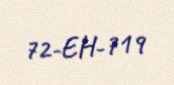
72-EH-719